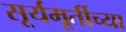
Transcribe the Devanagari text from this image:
सूर्यमूर्तीच्या